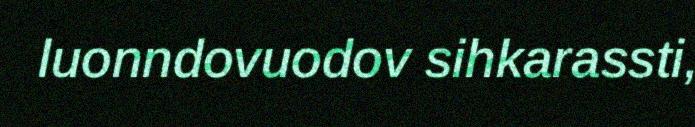
luonndovuodov sihkarassti,